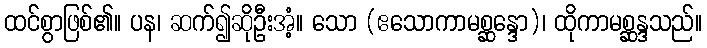
ထင်စွာဖြစ်၏။ ပန၊ ဆက်၍ဆိုဦးအံ့။ သော (ဧသောကာမစ္ဆန္ဒော)၊ ထိုကာမစ္ဆန္ဒသည်။